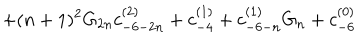
LaTeX: + ( n + 1 ) ^ { 2 } G _ { 2 n } c _ { - 6 - 2 n } ^ { ( 2 ) } + c _ { - 4 } ^ { ( 1 ) } + c _ { - 6 - n } ^ { ( 1 ) } G _ { n } + c _ { - 6 } ^ { ( 0 ) }